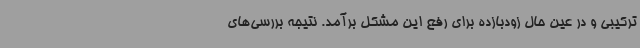
ترکیبی و در عین حال زودبازده برای رفع این مشکل برآمد. نتیجه بررسی‌های